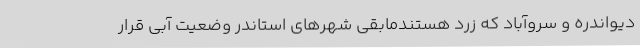
دیواندره و سروآباد که زرد هستندمابقی شهرهای استاندر وضعیت آبی قرار